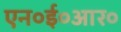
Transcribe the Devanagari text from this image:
एन०ई०आर०